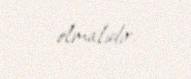
olmalıdır.